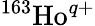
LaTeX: ^{163}\mathrm{Ho}^{q+}